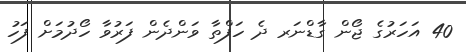
40 އަހަރުގެ ޖޯން ގާޑްނަރ ދެ ހަފްތާ ވަންދެން ފަރުވާ ހޯދުމަށް ފަހު